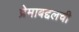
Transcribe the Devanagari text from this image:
प्रेमाबद्दलची